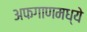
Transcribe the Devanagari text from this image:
अफगाणमध्ये